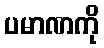
ပမာဏကို